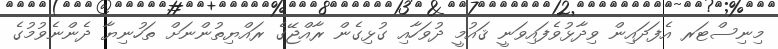
މިނިސްޓަރ އެފަދައިން ވިދާޅުވެފައިވަނީ ޤައުމީ ދުވަހާއި ގުޅިގެން ރާއްޖޭގެ ރައްޔިތުންނަށް ތަހުނިޔާ ދެންނެވުމުގެ